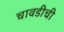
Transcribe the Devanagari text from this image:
चावडीची